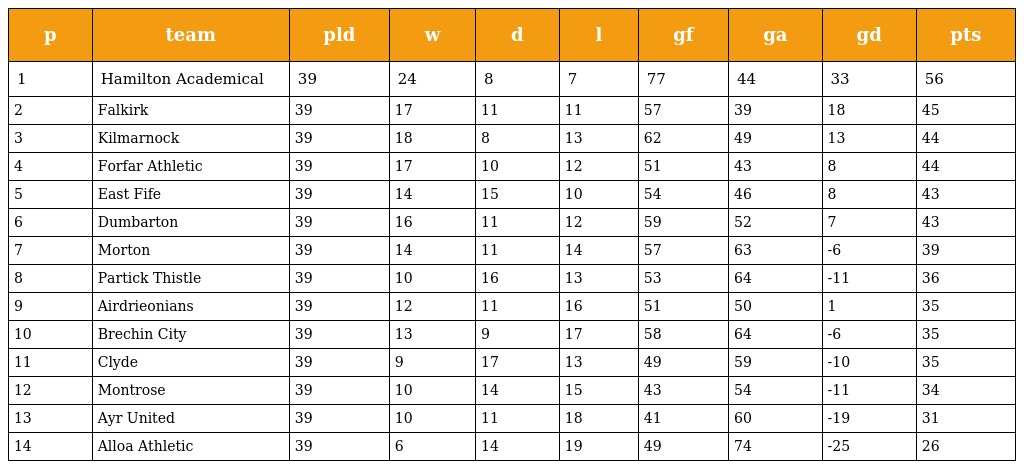
| p | team | pld | w | d | l | gf | ga | gd | pts |
 | --- | --- | --- | --- | --- | --- | --- | --- | --- | --- |
 | 1 | Hamilton Academical | 39 | 24 | 8 | 7 | 77 | 44 | 33 | 56 |
 | 2 | Falkirk | 39 | 17 | 11 | 11 | 57 | 39 | 18 | 45 |
 | 3 | Kilmarnock | 39 | 18 | 8 | 13 | 62 | 49 | 13 | 44 |
 | 4 | Forfar Athletic | 39 | 17 | 10 | 12 | 51 | 43 | 8 | 44 |
 | 5 | East Fife | 39 | 14 | 15 | 10 | 54 | 46 | 8 | 43 |
 | 6 | Dumbarton | 39 | 16 | 11 | 12 | 59 | 52 | 7 | 43 |
 | 7 | Morton | 39 | 14 | 11 | 14 | 57 | 63 | -6 | 39 |
 | 8 | Partick Thistle | 39 | 10 | 16 | 13 | 53 | 64 | -11 | 36 |
 | 9 | Airdrieonians | 39 | 12 | 11 | 16 | 51 | 50 | 1 | 35 |
 | 10 | Brechin City | 39 | 13 | 9 | 17 | 58 | 64 | -6 | 35 |
 | 11 | Clyde | 39 | 9 | 17 | 13 | 49 | 59 | -10 | 35 |
 | 12 | Montrose | 39 | 10 | 14 | 15 | 43 | 54 | -11 | 34 |
 | 13 | Ayr United | 39 | 10 | 11 | 18 | 41 | 60 | -19 | 31 |
 | 14 | Alloa Athletic | 39 | 6 | 14 | 19 | 49 | 74 | -25 | 26 |